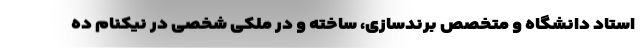
استاد دانشگاه و متخصص برندسازی، ساخته و در ملکی شخصی در نیکنام ده